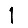
Digit: 1